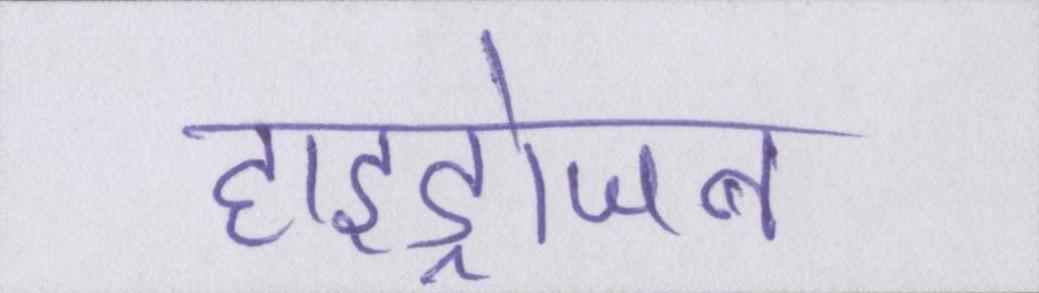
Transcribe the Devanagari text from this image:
हाइड्रोजन